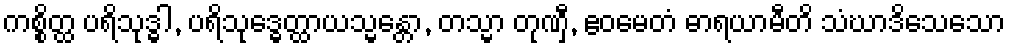
ကစ္စိတ္ထ ပရိသုဒ္ဓါ, ပရိသုဒ္ဓေတ္ထာယသ္မန္တော, တသ္မာ တုဏှီ, ဧဝမေတံ ဓာရယာမီတိ သံဃာဒိသေသော